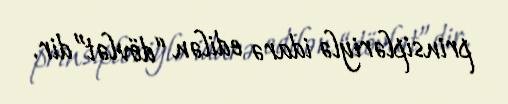
prinsipləriylə idarə edilən “dövlət”dir.